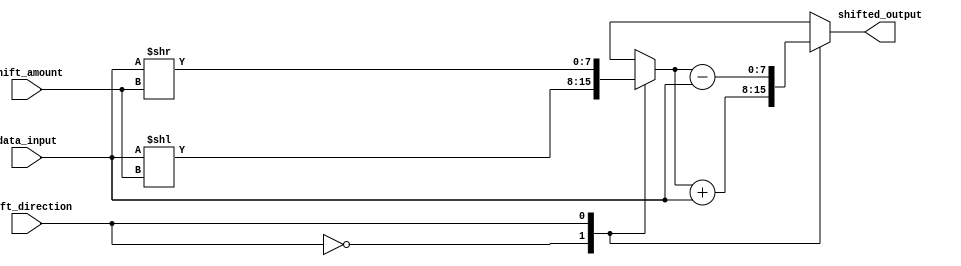
module Hybrid_Barrel_Shifter (
  input wire [7:0] data_input,
  input wire [2:0] shift_amount,
  input wire shift_direction,
  output reg [7:0] shifted_output
);

reg [7:0] temp;

always @* begin
  case (shift_direction)
    1'b0: temp = data_input << shift_amount;
    1'b1: temp = data_input >> shift_amount;
  endcase

  case (shift_direction)
    1'b0: shifted_output = temp + data_input;
    1'b1: shifted_output = temp - data_input;
  endcase
end

endmodule